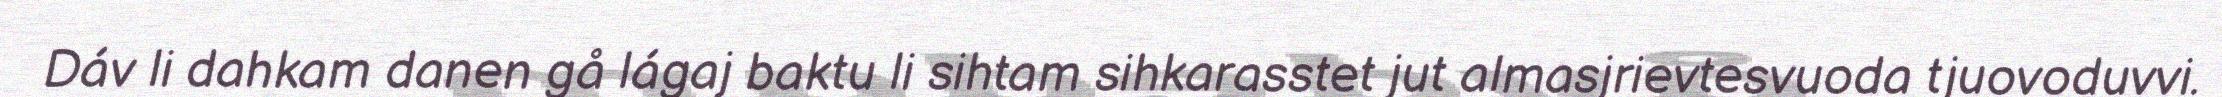
Dáv li dahkam danen gå lágaj baktu li sihtam sihkarasstet jut almasjrievtesvuoda tjuovoduvvi.